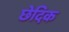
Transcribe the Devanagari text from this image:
छेदिक